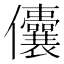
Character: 儾